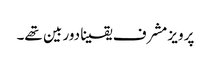
پرویز مشرف یقینا دور بین تھے۔